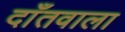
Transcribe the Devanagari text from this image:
दाँतवाला